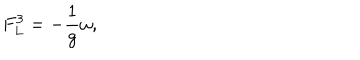
F _ { L } ^ { 3 } = - \frac { 1 } { g } \omega ,